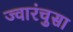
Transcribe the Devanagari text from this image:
ज्वारंचुसा